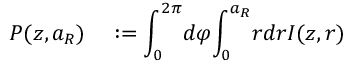
\begin{array} { r l } { P ( z , a _ { R } ) } & { { } : = { \displaystyle \int _ { 0 } ^ { 2 \pi } } d \varphi { \displaystyle \int _ { 0 } ^ { a _ { R } } } r d r I ( z , r ) } \end{array}